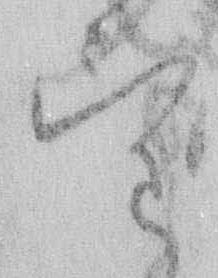
望